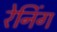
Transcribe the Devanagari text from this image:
रेनिंग